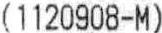
(1120908-M)